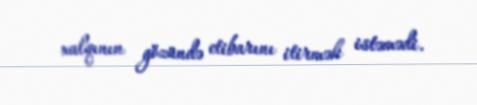
xalqının gözündə etibarını itirmək istəmədi.